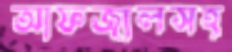
আফজালসহ